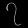
Digit: ၇